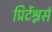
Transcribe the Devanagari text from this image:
प्रिटेंश्नर्स